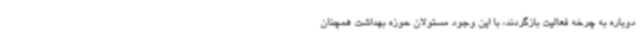
دوباره به چرخه فعالیت بازگردند، با این وجود مسئولان حوزه بهداشت همچنان